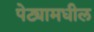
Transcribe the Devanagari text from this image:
पेट्यामधील